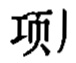
项丿